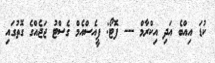
ކުޑަ އިއްބެ އަދި އިކްރާމް --- ފޮޓޯ: ޕީއެސްއެމް ގެސްޓު ޖަޖެއްގެ ގޮތުގައި